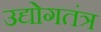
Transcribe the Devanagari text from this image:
उद्योगतंत्र